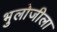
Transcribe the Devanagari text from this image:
भुलोजीला